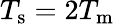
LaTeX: T_{\mathrm{s}}=2T_{\mathrm{m}}